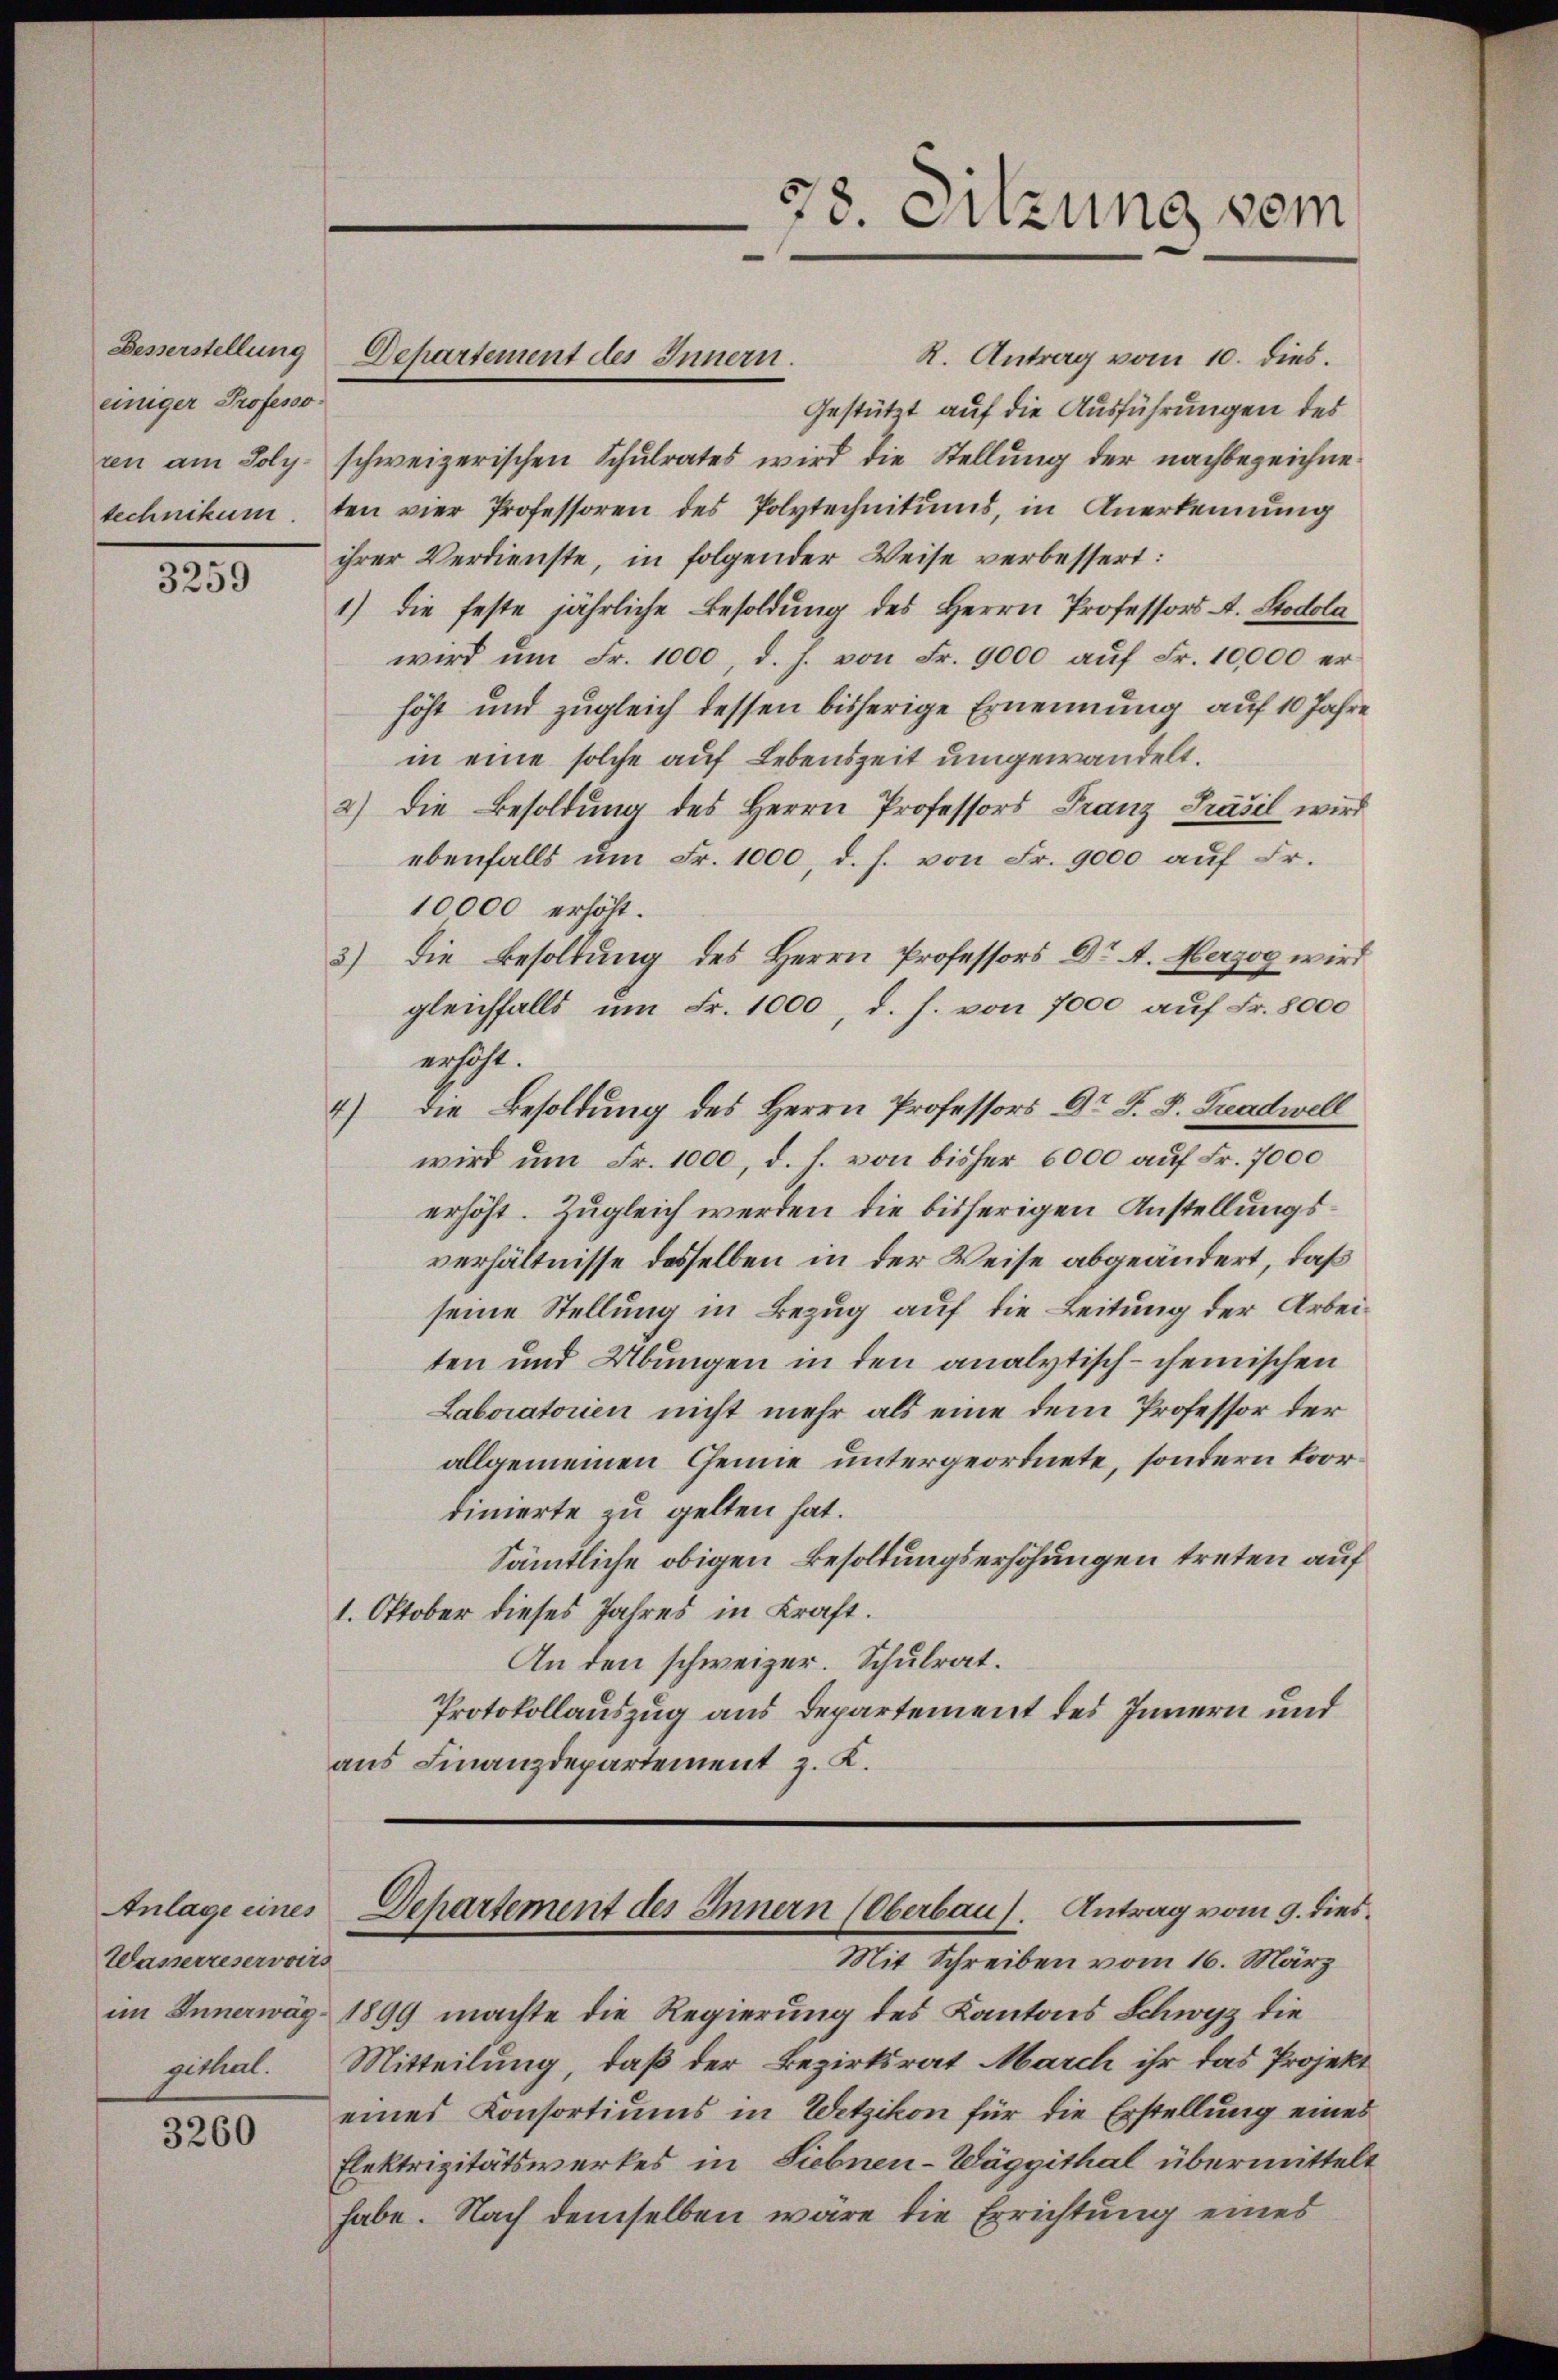
Besserstellung
einiger Professo
ren am Poly-

3259

Anlage eines
Wasserreservoirs
im Innerwäg

3260

R. Antrag vom 10. dies.
Gestützt auf die Ausführungen des
schweizerischen Schulrates wird die Stellung der nachbezeichnetechnikum. ten vier Professoren des Polytechnikums, in Anerkennung
ihrer Verdienste, in folgender Weise verbessert:
1) die feste jährliche Besoldung des Herrn Professors A. Stodola
wird ŭm Fr. 1000, d. h. von Fr. 9000 aŭf Fr. 10,000 er
höht und zugleich dessen bisherige Ernennung auf 10 Jahre
in eine solche auf Lebenszeit umgewandelt.
2) Die Besoldung des Herrn Professors Franz Präsil wird
ebenfalls ŭm Fr. 1000, d. h. von Fr. 9000 auf Fr.
10000 erhöht.
3.) Die Besoldung des Herrn Professors Dr A. Herzog wird
gleichfalls um Fr. 1000, d. h. von 7000 auf Fr. 8000
erscht.
4) Die Besoldung des Herrn Professors Dr. J. J. Kreadwell
wird um Fr. 1000, d. h. von bisher 6000 auf Fr. 7000
erhöht. Zugleich werden die bisherigen Anstellungsverhältnisse desselben in der Weise abgeändert, daß
seine Stellung in Bezug auf die Leitung der Arbeiten und Übungen in den analytisch-cheinischen
Laboratorien nicht mehr als eine dem Professor der
allgemeinen Chemie untergeordnete, sondern koordinierte zu gelten hat.
Sämtliche obigen Besoldungserhöhungen treten auf
1. Oktober dieses Jahres in Kraft.
An den schweizer. Schulrat.
Protokollauszug aus Departement des Innern und
aus Finanzdepartement z. K.

Departement des Innern.

78. Sitzung vom

Departement des Innern (Oberbau). Antrag vom 9. dies¬
Mit Schreiben vom 16. März

1899 machte die Regierung des Kantons Schwyz die
githal. Mitteilung, daß der Bezirksrat March ihr das Projekt
eines Konsortiums in Wetzikon für die Erstellung eines
Elektrizitätswerkes in Siebnen-Wäggithal übermittelt
habe. Nach demselben wäre die Errichtung eines